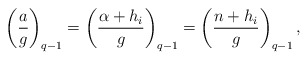
\begin{align*}\left(\frac{a}{g}\right)_{q - 1} = \left(\frac{\alpha + h_i}{g}\right)_{q - 1} = \left(\frac{n + h_i}{g}\right)_{q - 1},\end{align*}